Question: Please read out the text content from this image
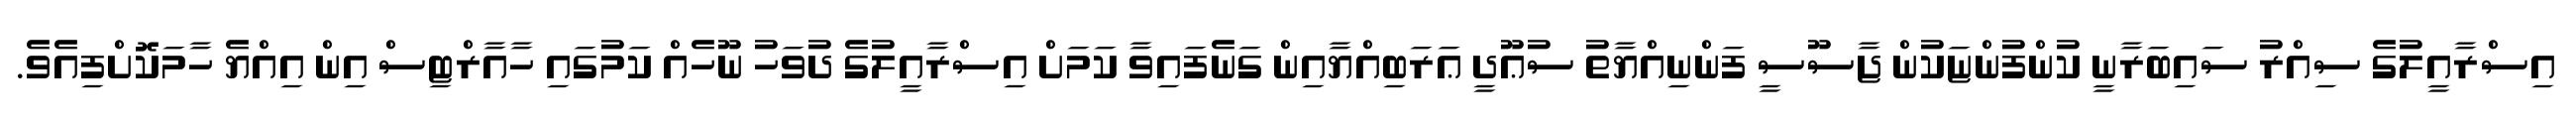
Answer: އިސްރާއީލުގެ ސިއްރު ސައިބަރާނީ ކުންފުންޏަކުން ޖާސޫސީ ފަންނިއްޔާތު ސުޢޫދީ ޢަރަބިއްޔާއިން ގަނެފައިވާ ކަމަށް އިސްރާއީލުގެ ދުވަހު ނޫހެއް ކަމުގައި ހާއާރްޓިސް އިން އިއްޔެ ހާމަކޮށްފިއެވެ.